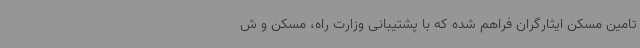
تامین مسکن ایثارگران فراهم شده که با پشتیبانی وزارت راه، مسکن و ش